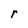
Character: r